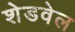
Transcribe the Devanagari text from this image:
शेडवेल